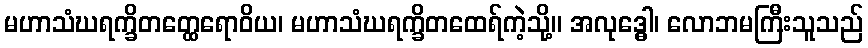
မဟာသံဃရက္ခိတတ္ထေရောဝိယ၊ မဟာသံဃရက္ခိတထေရ်ကဲ့သို့။ အလုဒ္ဓေါ၊ လောဘမကြီးသူသည်